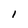
Character: 1